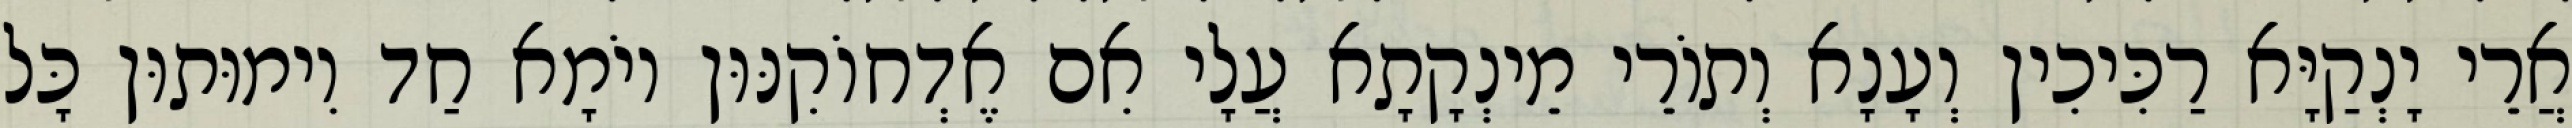
אֲרֵי יָנְקַיָּא רַכִּיכִין וְעָנָא וְתוֹרֵי מֵינְקָתָא עֲלָי אִם אֶדְחוֹקִנּוּן יוֹמָא חַד וִימוּתוּן כָּל